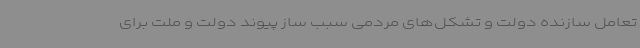
تعامل سازنده دولت و تشکل‌های مردمی سبب ساز پیوند دولت و ملت برای